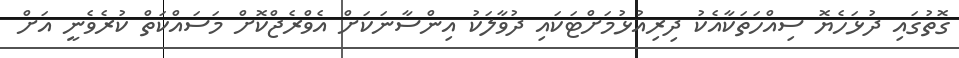
ގޮތުގައި ދުޅަހެޔޮ ސިއްހަތަކާއެކު ދިރިއުޅުމަށްޓަކައި ދުވާލަކު އިންސާނަކަށް އެވްރެޖްކޮށް މަސައްކަތް ކުރެވެނީ އަށް